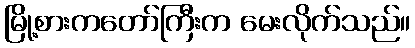
မြို့စားကတော်ကြီးက မေးလိုက်သည်။